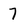
Character: 7